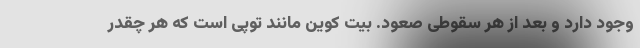
وجود دارد و بعد از هر سقوطی صعود. بیت کوین مانند توپی است که هر چقدر